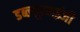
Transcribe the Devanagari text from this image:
डब्ल्यूएमईजी